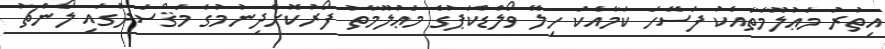
އިތުރު މަޢުލޫމާތާއެކު ފަސޭހަ ކަމާއެކު ހިލޭ ވޯލްޑްކަޕުގެ މަޢުލޫމާތު ފޯރުކޮށްދިނުމުގެ މަޤްސަދުގައި ލޯންޗު